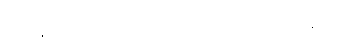
သူတို့နှစ်ယောက်သည် ဘယ်ကစ၍ စကားပြောရမှန်းမသိ။